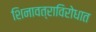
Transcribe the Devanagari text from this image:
शिनावत्राविरोधात